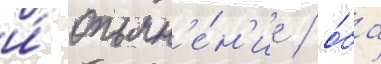
и́ опьян'е́н'ие / о́ба